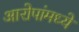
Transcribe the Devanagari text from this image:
आरोपांमध्ये